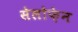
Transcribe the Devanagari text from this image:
सेलोफ़ेन